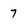
Character: 7